Aleksander_Warma, lk 38
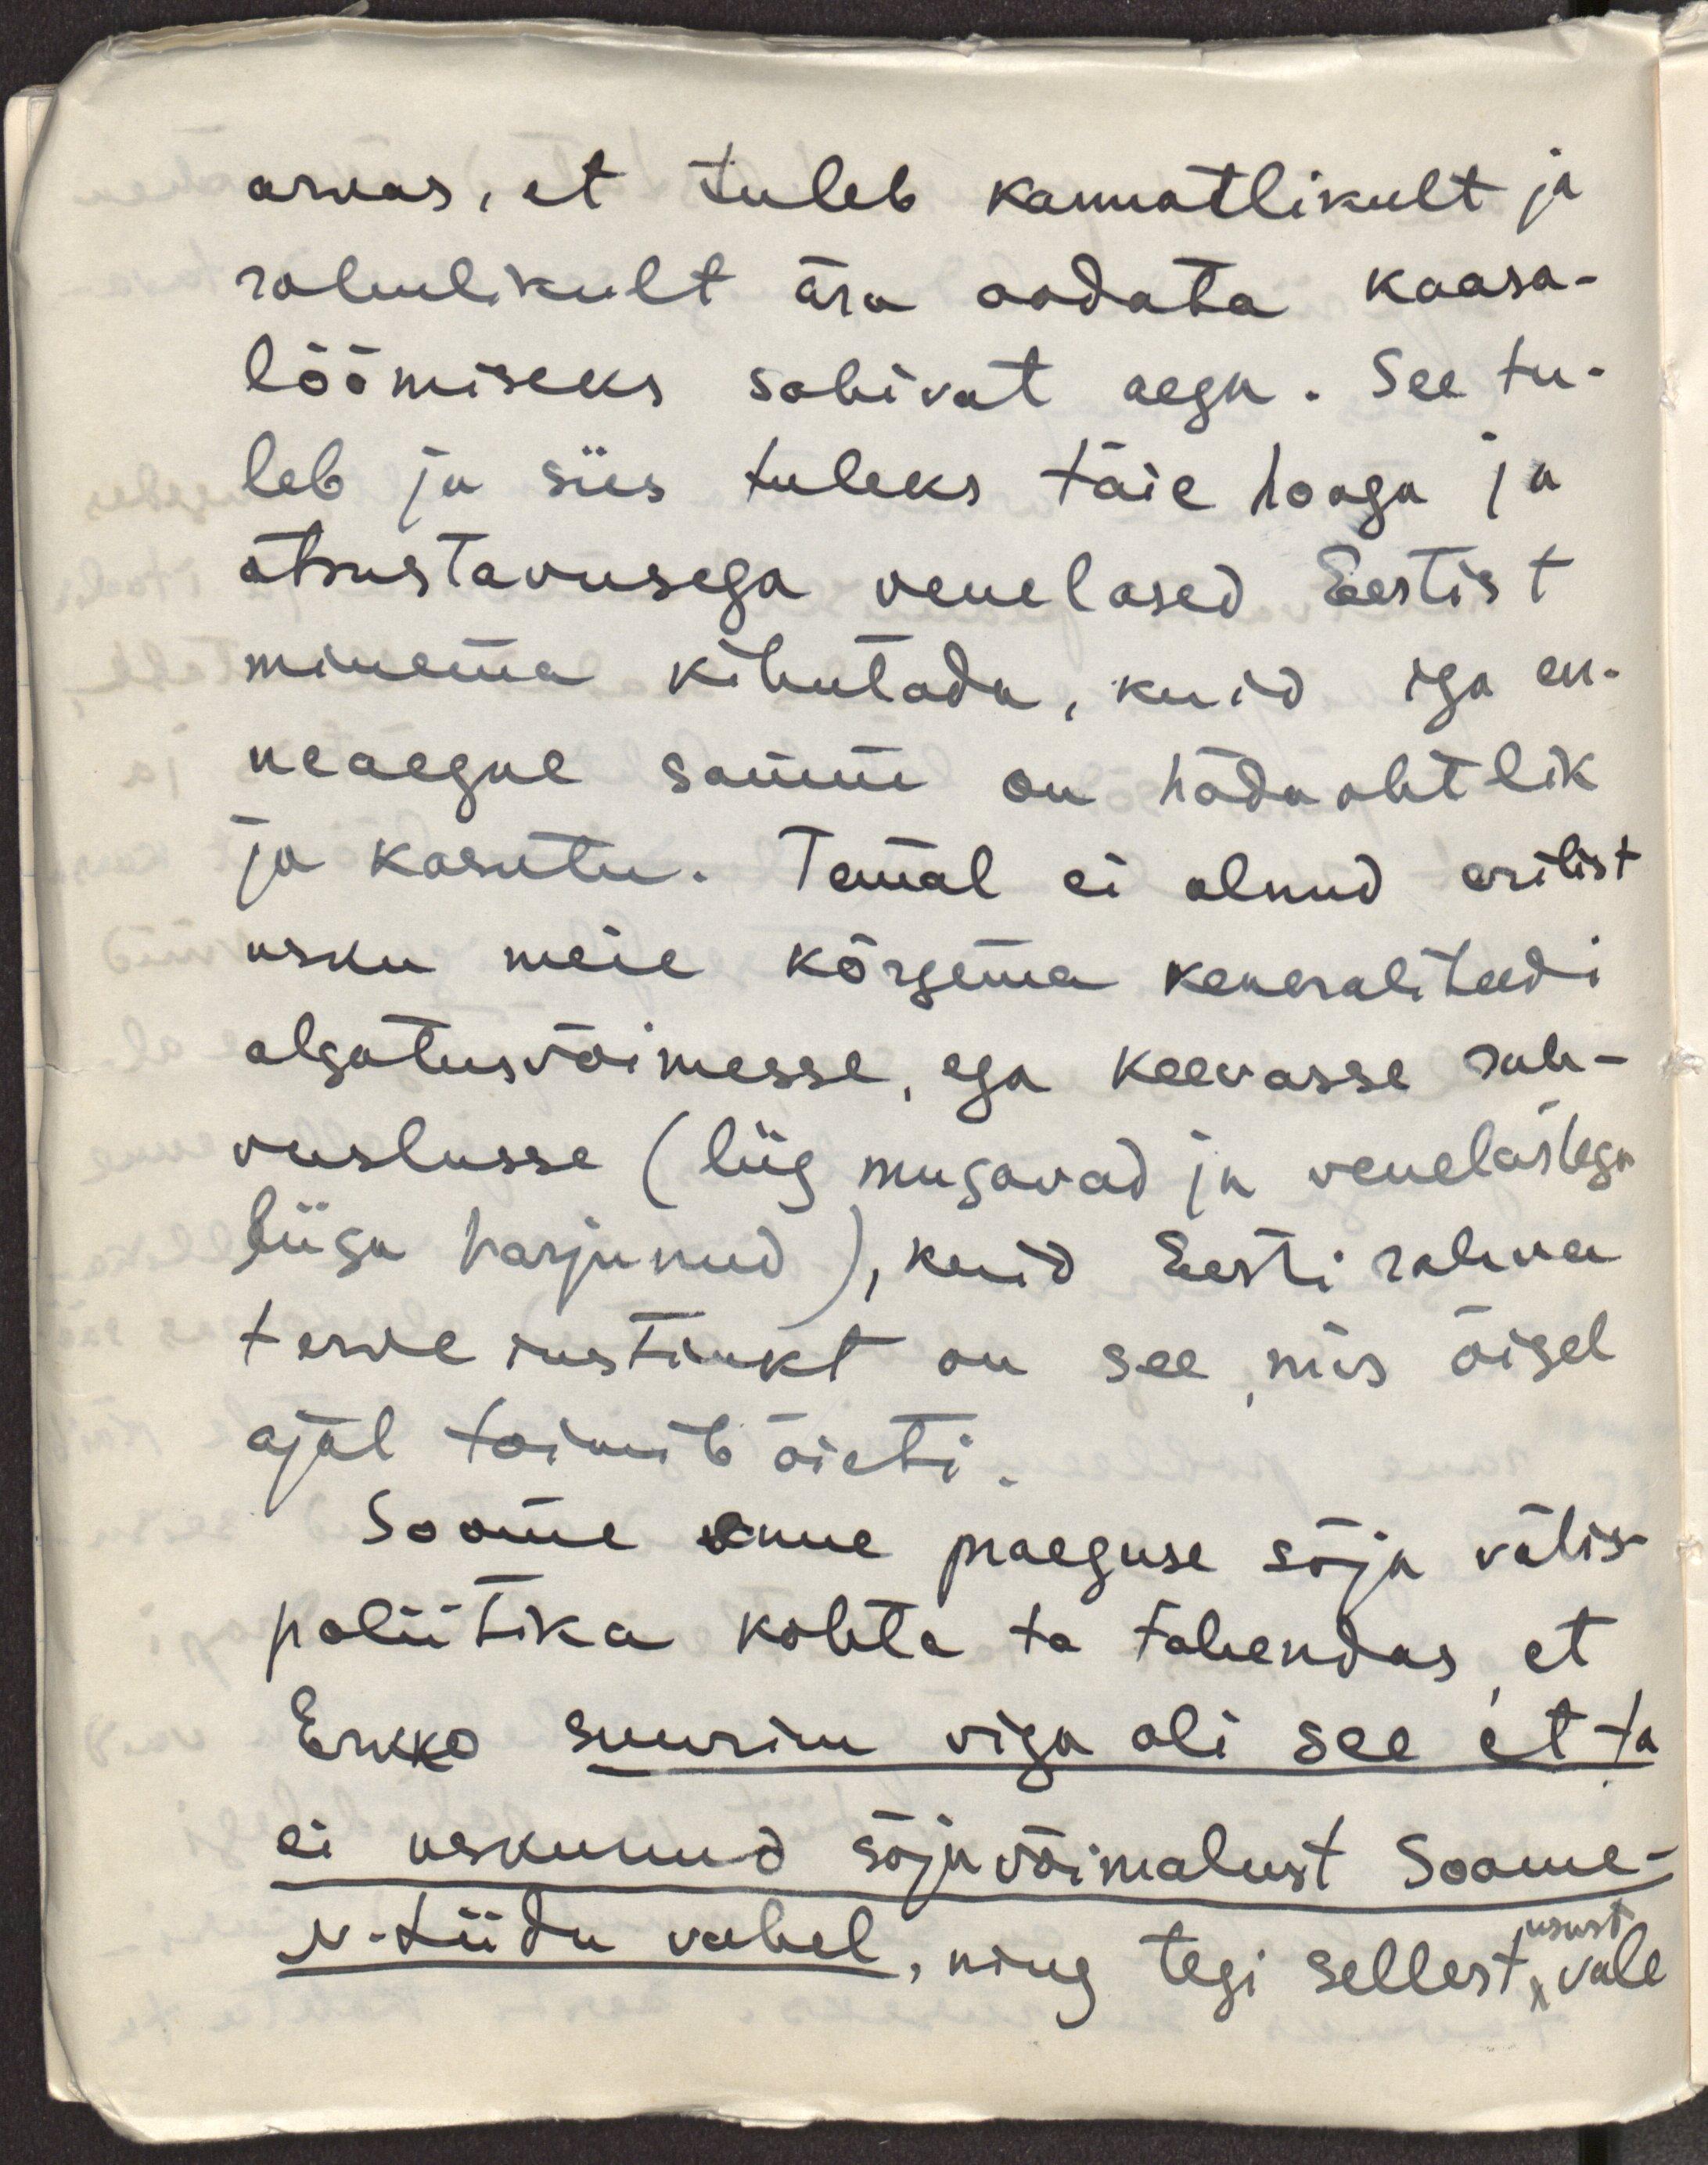
arvas, et tuleb kannatlikult ja 
rahulikult ära oodata kaasa-
löömiseks sobivat aega. See tu-
leb ja siis tuleks täie hooga ja 
otsustavusega venelased Eestist
minema kihutada, kuid iga en-
neaegne samm on hädaohtlik
ja kasutu. Temal ei olnud erilist
usku meie kõrgema keneraliteedi
algatusvõimesse, ega keevasse rah-
vuslusse (liig mugavad ja venelastega
liiga harjunud), kuid Eesti rahva
terve instinkt on see, mis õigel
ajal toimib õieti.
Soome võime praeguse sõja välis-
poliitika kohta ta tähendas, et 
Erkko suurim viga oli see et ta 
ei uskunud sõjavõimalust Soome-
N.Liidu vahel, ning tegi sellest usust vale